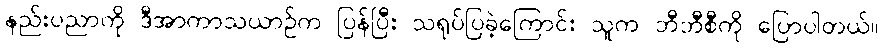
နည်းပညာကို ဒီအာကာသယာဉ်က ပြန်ပြီး သရုပ်ပြခဲ့ကြောင်း သူက ဘီဘီစီကို ပြောပါတယ်။